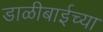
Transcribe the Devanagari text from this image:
डाळीबाईच्या